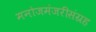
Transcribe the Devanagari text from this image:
मनोजमंजरीसंग्रह